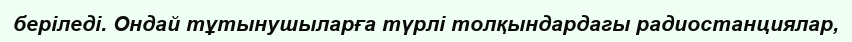
беріледі. Ондай тұтынушыларға түрлі толқындардагы радиостанциялар,